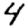
Digit: 4